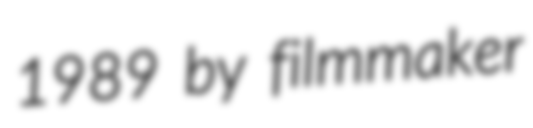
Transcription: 1989 by filmmaker